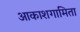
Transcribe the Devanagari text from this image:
आकाशगामिता